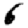
Digit: 6